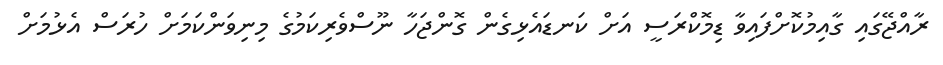
ރާއްޖޭގައި ގާއިމުކޮށްފައިވާ ޑިމޮކްރަސީ އަށް ކަނޑައެޅިގެން ގޮންޖަހާ ނޫސްވެރިކަމުގެ މިނިވަންކަމަށް ހުރަސް އެޅުމަށް